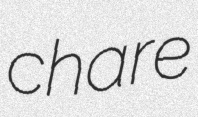
chare